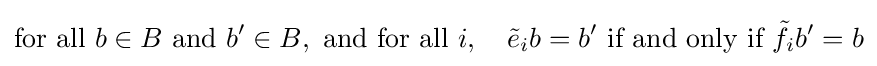
{\text{for all }}b\in B{\text{ and }}b'\in B,{\text{ and for all }}i,\quad {\tilde {e}}_{i}b=b'{\text{ if and only if }}{\tilde {f}}_{i}b'=b